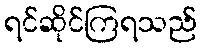
ရင်ဆိုင်ကြရသည်